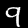
Label: 9